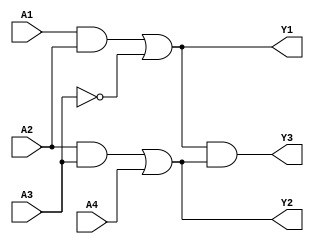
module combinational_logic_block (
    input wire A1, A2, A3, A4, // Define input signals
    output wire Y1, Y2, Y3     // Define output signals for each group
);

// Group 1: Implements the logic function F1
// F1 = A1 AND A2 OR NOT(A3)
wire F1_group1;
assign F1_group1 = (A1 & A2) | ~A3;

// Group 2: Implements the logic function F2
// F2 = A2 AND A3 OR A4
wire F2_group2;
assign F2_group2 = (A2 & A3) | A4;

// Group 3: Uses output from Group 1 and Group 2
// F3 = F1 AND F2 (which uses shared inputs A2 and A3)
assign Y3 = F1_group1 & F2_group2;

// Outputs for each group
assign Y1 = F1_group1; // Output of Group 1
assign Y2 = F2_group2; // Output of Group 2

endmodule